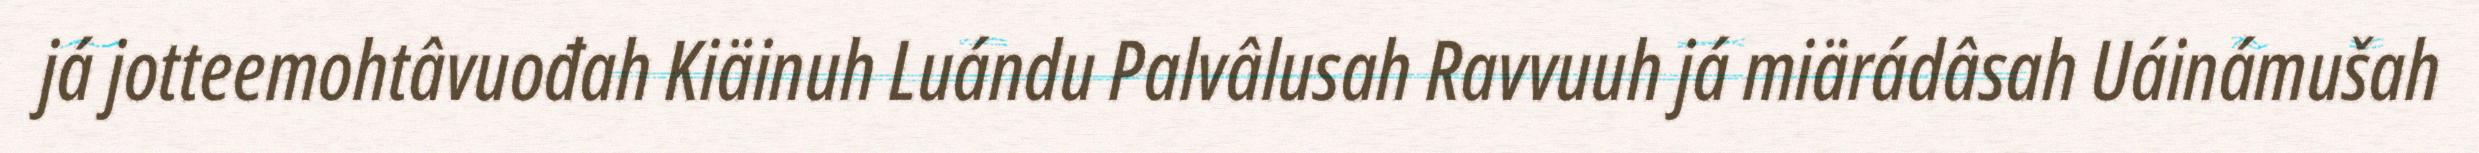
já jotteemohtâvuođah Kiäinuh Luándu Palvâlusah Ravvuuh já miärádâsah Uáinámušah